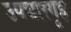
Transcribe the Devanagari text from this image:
उपचारगृह